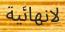
لانھائية